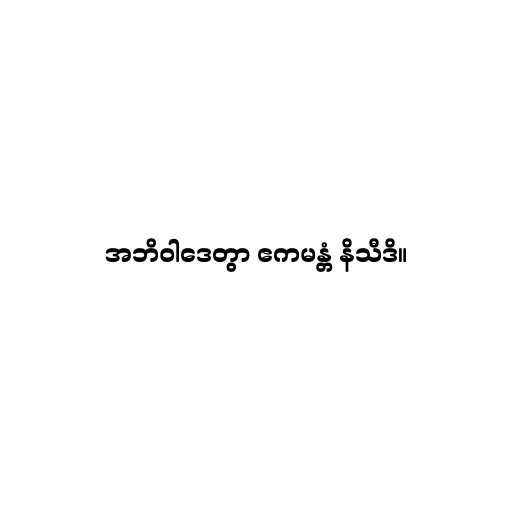
အဘိဝါဒေတွာ ဧကမန္တံ နိသီဒိ။